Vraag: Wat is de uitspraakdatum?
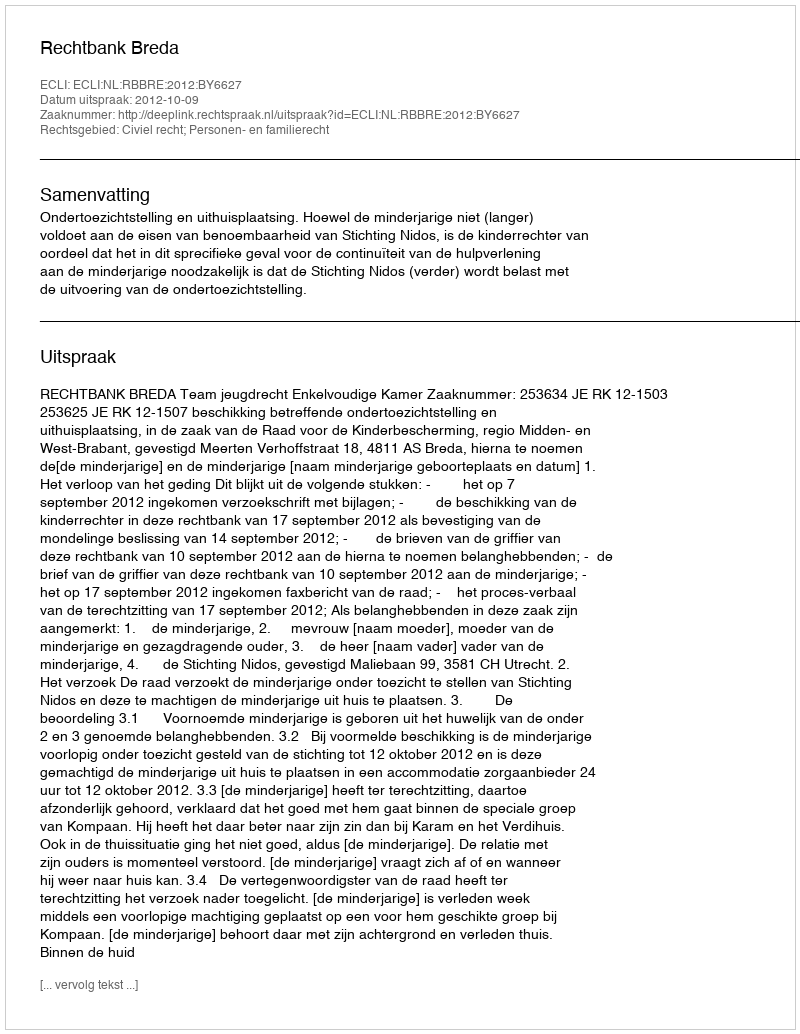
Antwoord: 2012-10-09